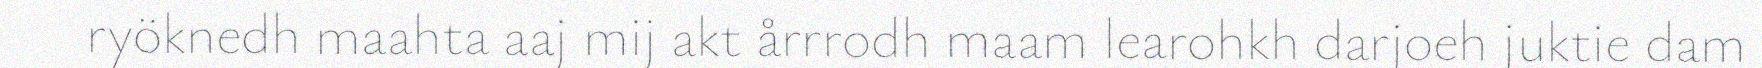
ryöknedh maahta aaj mij akt årrrodh maam learohkh darjoeh juktie dam